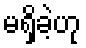
မရှိခဲ့ဟု